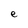
Character: e